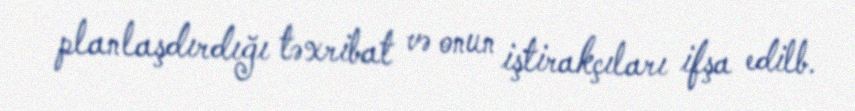
planlaşdırdığı təxribat və onun iştirakçıları ifşa edilb.